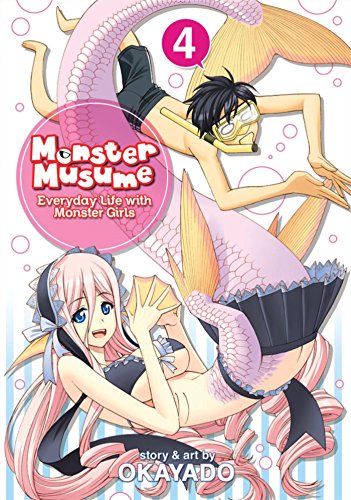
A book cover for Monster Musume Vol. 4; OKAYADO; Comics & Graphic Novels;